Indian journal of veterinary science and animal husbandry - Volume 2,
Year: 1932
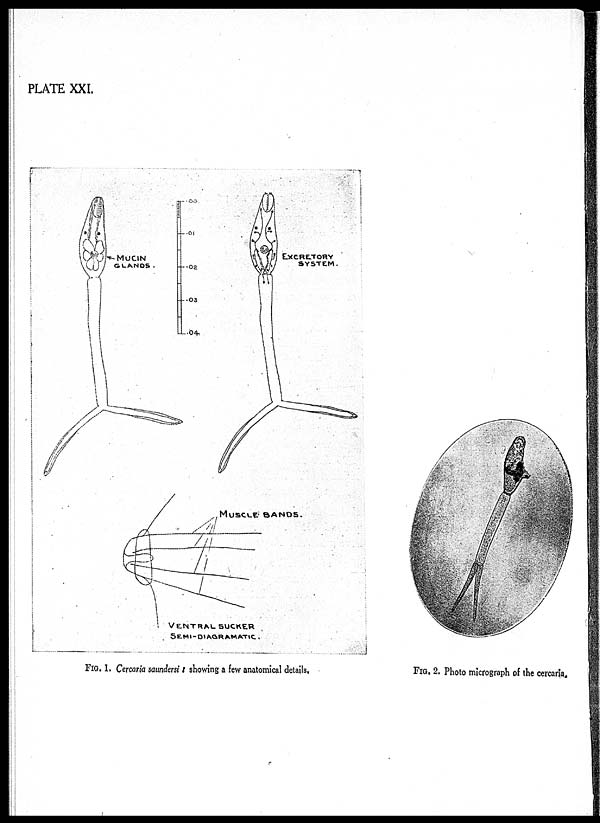
PLATE XXI.
FIG. 1. Cercaria saundersi : showing a few anatomical details.
FIG. 2. Photo micrograph of the cercaria.